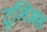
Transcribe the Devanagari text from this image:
टूलिअस